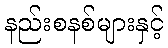
နည်းစနစ်များနှင့်